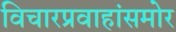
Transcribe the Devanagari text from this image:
विचारप्रवाहांसमोर